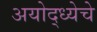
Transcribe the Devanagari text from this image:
अयोद्ध्येचे